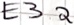
Text: E3.2